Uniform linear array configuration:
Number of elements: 32
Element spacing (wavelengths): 0.25
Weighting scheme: blackman
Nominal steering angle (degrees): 15
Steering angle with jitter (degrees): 15.905
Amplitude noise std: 0.05
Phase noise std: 0.05

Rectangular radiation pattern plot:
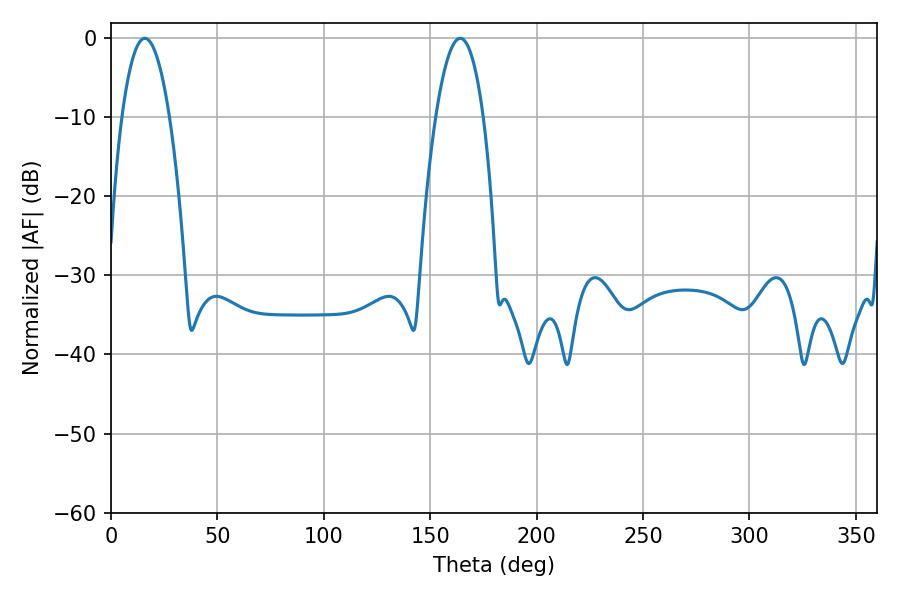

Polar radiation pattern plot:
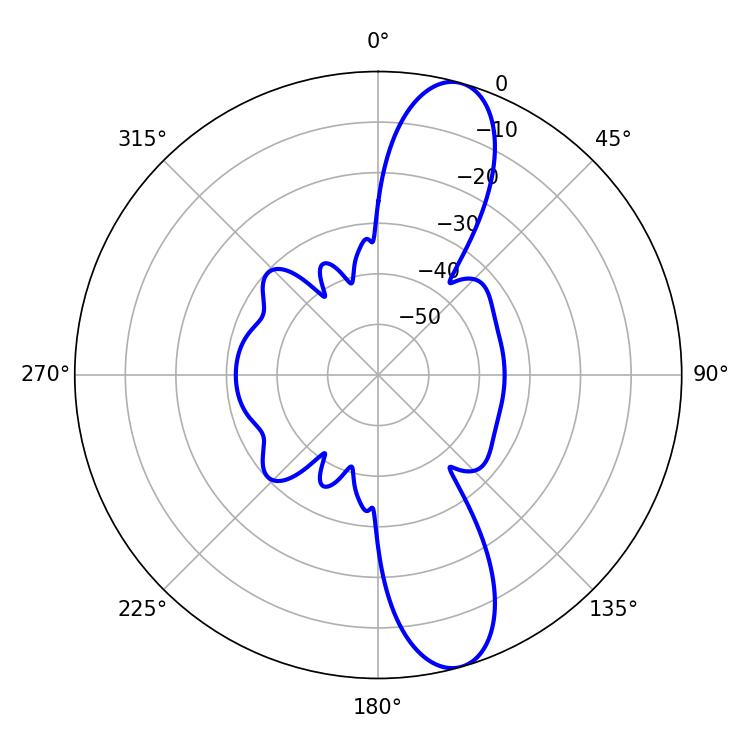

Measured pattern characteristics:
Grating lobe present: FALSE
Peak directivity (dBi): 11.96
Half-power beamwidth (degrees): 12.24
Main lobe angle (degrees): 15.84